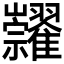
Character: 𥜺